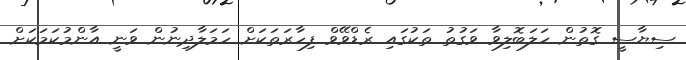
ސިޔާސީ ގޮތުން ހަލަބޮލިވާ ވަގުތު ތަކުގައި ރެޑްވޭވް ފިހާރަތަކަށް ހަމަލާދިނުން ވަނީ އާންމުކަމަކަށް